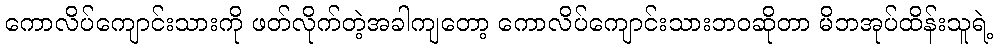
ကောလိပ်ကျောင်းသားကို ဖတ်လိုက်တဲ့အခါကျတော့ ကောလိပ်ကျောင်းသားဘဝဆိုတာ မိဘအုပ်ထိန်းသူရဲ့